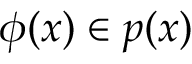
\phi ( { \boldsymbol { x } } ) \in p ( { \boldsymbol { x } } )